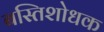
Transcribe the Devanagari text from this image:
बस्तिशोधक